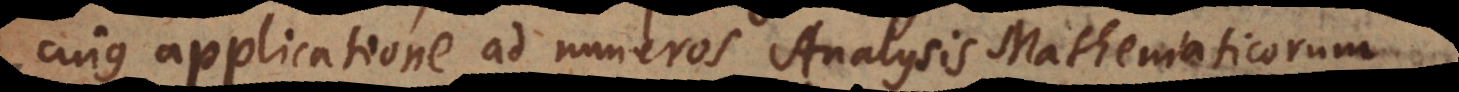
cujus applicatione ad numeros Analysis Mathematicor